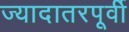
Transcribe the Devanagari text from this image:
ज्यादातरपूर्वी